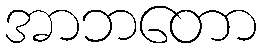
အာဘတော